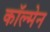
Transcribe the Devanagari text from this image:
काॅल्मेन